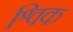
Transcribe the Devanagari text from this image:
श्विक